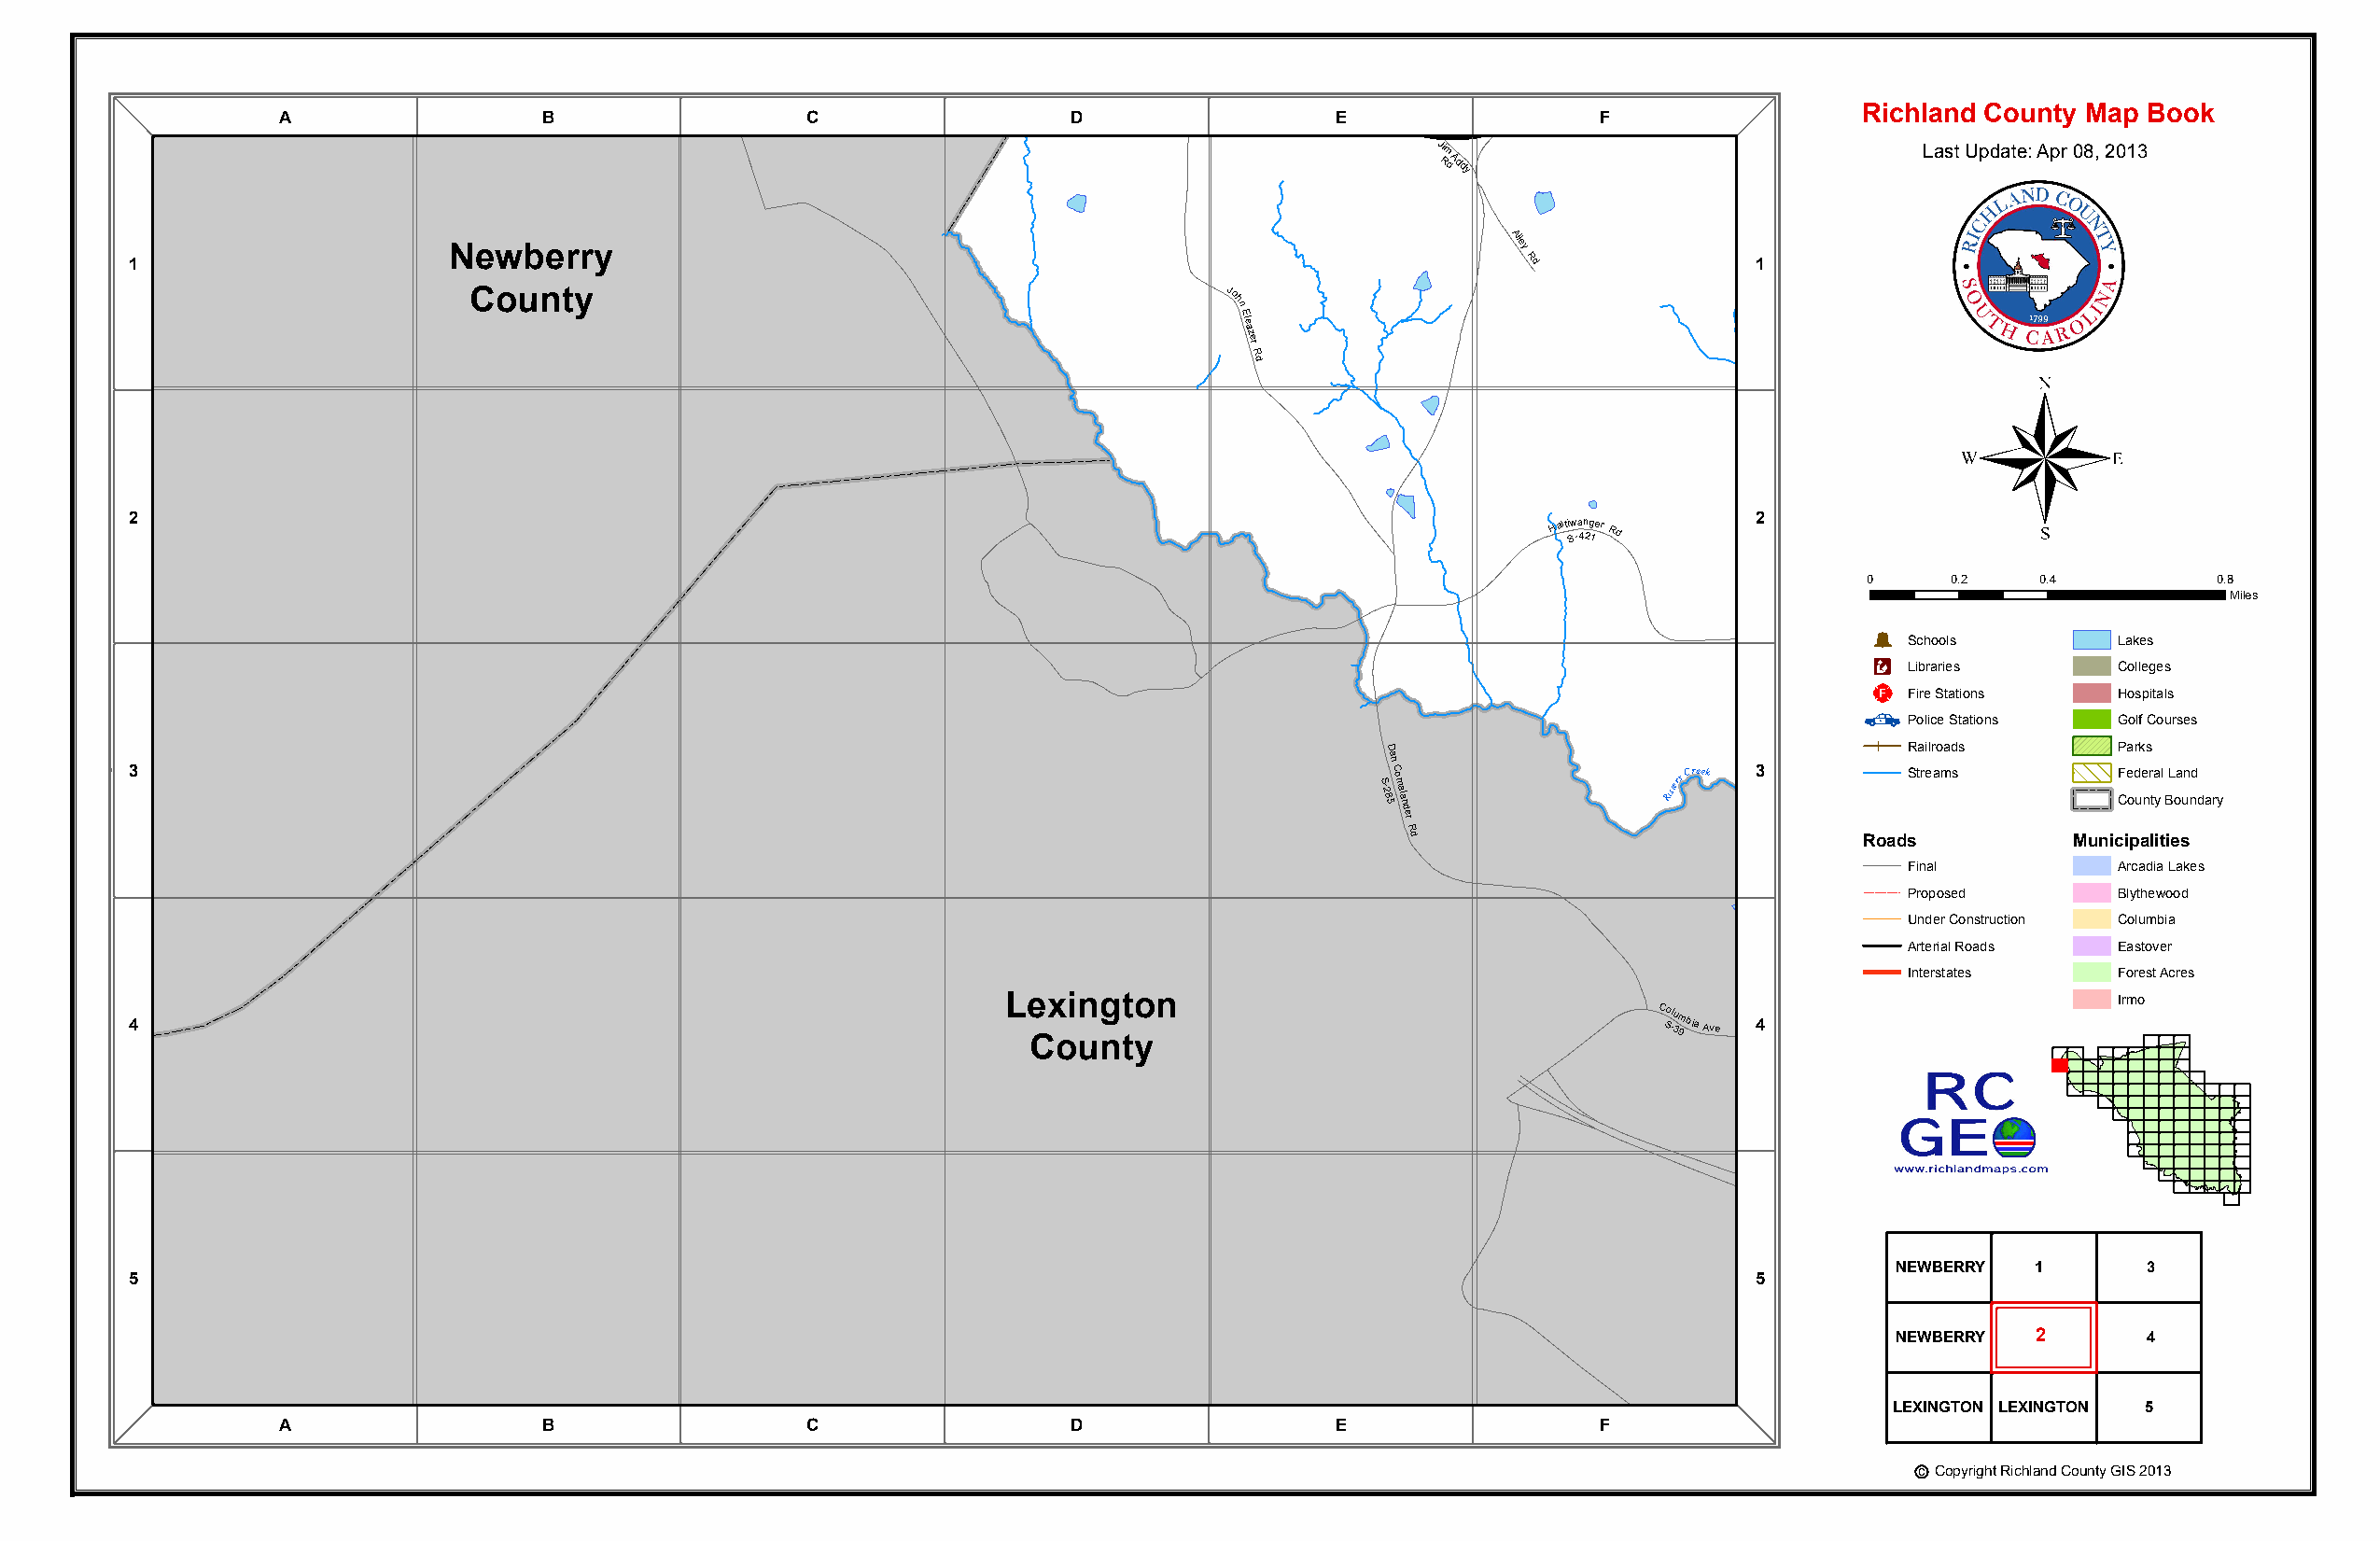
A                 B                  C                  D
 Ca
 Sp J-e
 5
 ors
 9
 h
 7C
 n
 h Ra Ep dle el
 a
 R zd
 er     Broad River Rd
 E
 Broad
 River
 Rd £¤ F176
 Richland County Map Book
 Jim                               Last Update: Apr 08, 2013
 RdAddy
 1
 Newberry
 Alley
 Rd               1
 County                                                John
 E
 leazer
 R
 d                                                 ®
 2                                                                                                                   2
 Haltiw S-a 4n 2g 1er
 Rd
 0     0.2    0.4         0.8
 Miles
 Haltiwanger Rd
 S-421 Þ Schools     Lakes
 Æc
 Libraries      Colleges
 _¨
 Fire Stations  Hospitals
 Police Stations Golf Courses
 D                                    Railroads      Parks
 a
 3                                                                                        S
 -28
 5n
 C o m
 alander
 R
 Risters Creek 3  Streams        CFe od ue nr ta
 y
 l BL oa un nd
 dary
 d                               Roads          Municipalities
 Final          Arcadia Lakes
 Proposed       Blythewood
 Under Construction Columbia
 Arterial Roads Eastover
 Interstates    Forest Acres
 4
 Le Cx oin ug nt to yn
 C So -lu
 3m 9bia Ave 4
 Colu Sm
 -3
 b
 9B iae r Ae va
 e
 Rd
 F lips
 R d
 Irmo
 NEWBERRY  1       3
 5                                                                                                                   5
 LexingtoNEnWBERRY  2       4
 County
 LEXINGTON LEXINGTON 5
 A                 B                  C                  D                  E                 F
 Lexington
 Co
 Hollyouak
 Ln
 ntyc Copyright Richland County GIS 2013